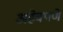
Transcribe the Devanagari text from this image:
अहेवपणे